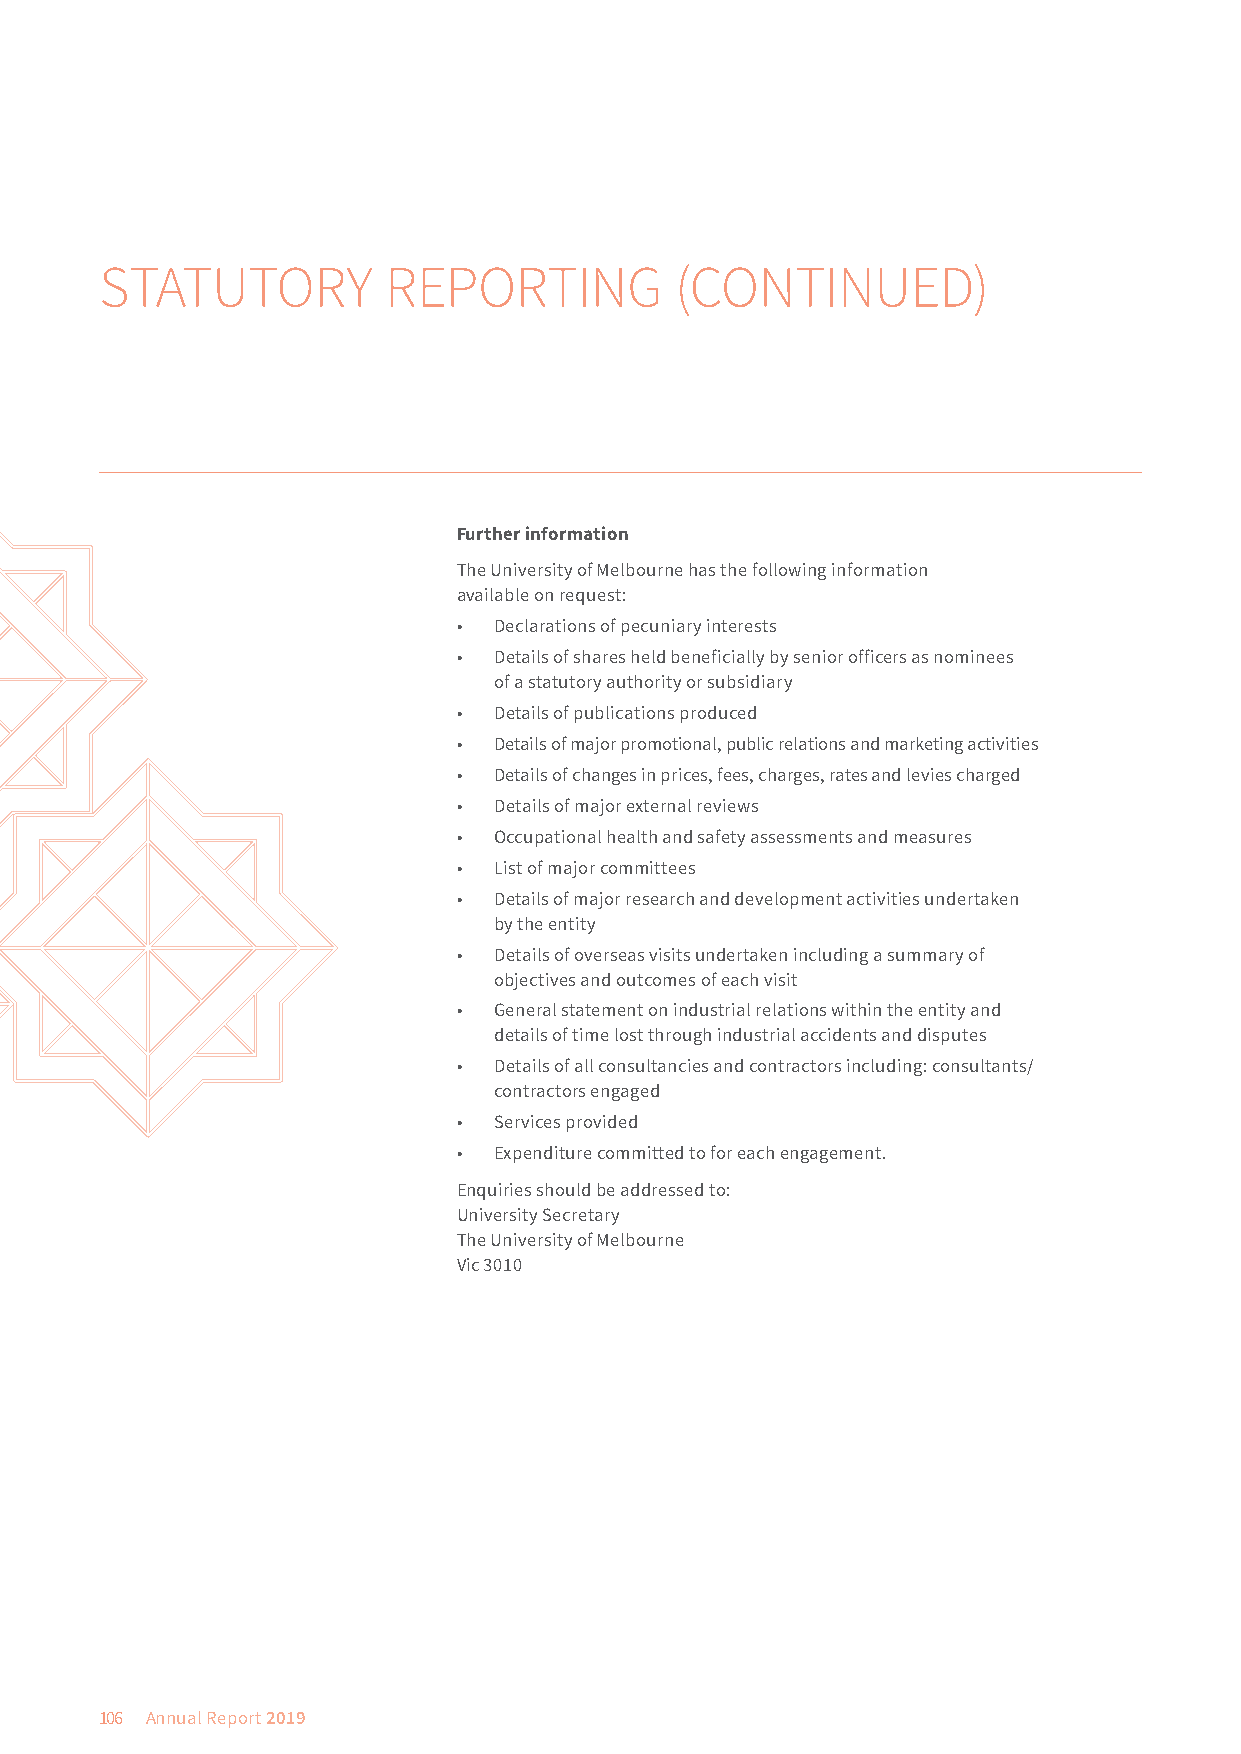
STATUTORY         REPORTING           (CONTINUED)
 Further information
 The University of Melbourne has the following information
 available on request:
 •  Declarations of pecuniary interests
 •  Details of shares held beneficially by senior officers as nominees
 of a statutory authority or subsidiary
 •  Details of publications produced
 •  Details of major promotional, public relations and marketing activities
 •  Details of changes in prices, fees, charges, rates and levies charged
 •  Details of major external reviews
 •  Occupational health and safety assessments and measures
 •  List of major committees
 •  Details of major research and development activities undertaken
 by the entity
 •  Details of overseas visits undertaken including a summary of
 objectives and outcomes of each visit
 •  General statement on industrial relations within the entity and
 details of time lost through industrial accidents and disputes
 •  Details of all consultancies and contractors including: consultants/
 contractors engaged
 •  Services provided
 •  Expenditure committed to for each engagement.
 Enquiries should be addressed to:
 University Secretary
 The University of Melbourne
 Vic 3010
 106 Annual Report 2019